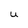
Character: U